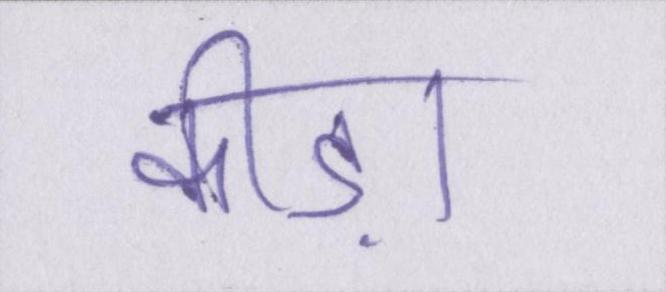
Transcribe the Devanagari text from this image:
कीड़ा